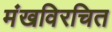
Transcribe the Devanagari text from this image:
मंखविरचित